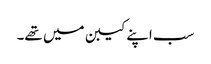
سب اپنے کیبن میں تھے۔